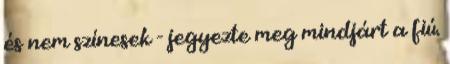
és nem színesek - jegyezte meg mindjárt a fiú.